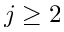
j \geq 2